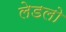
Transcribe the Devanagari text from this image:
लेडलो